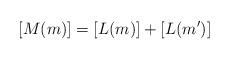
LaTeX: \begin{align*}[M(m)] = [L(m)] + [L(m')] \end{align*}